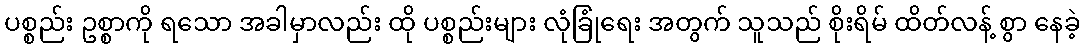
ပစ္စည်း ဥစ္စာကို ရသော အခါမှာလည်း ထို ပစ္စည်းများ လုံခြုံရေး အတွက် သူသည် စိုးရိမ် ထိတ်လန့် စွာ နေခဲ့